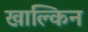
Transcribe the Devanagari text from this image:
खाल्किन